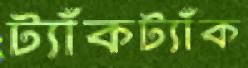
ট্যাঁকট্যাঁক